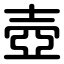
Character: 壺